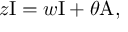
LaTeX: z \mathrm { I } = w \mathrm { I } + \theta \mathrm { A , }